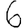
Digit: 6